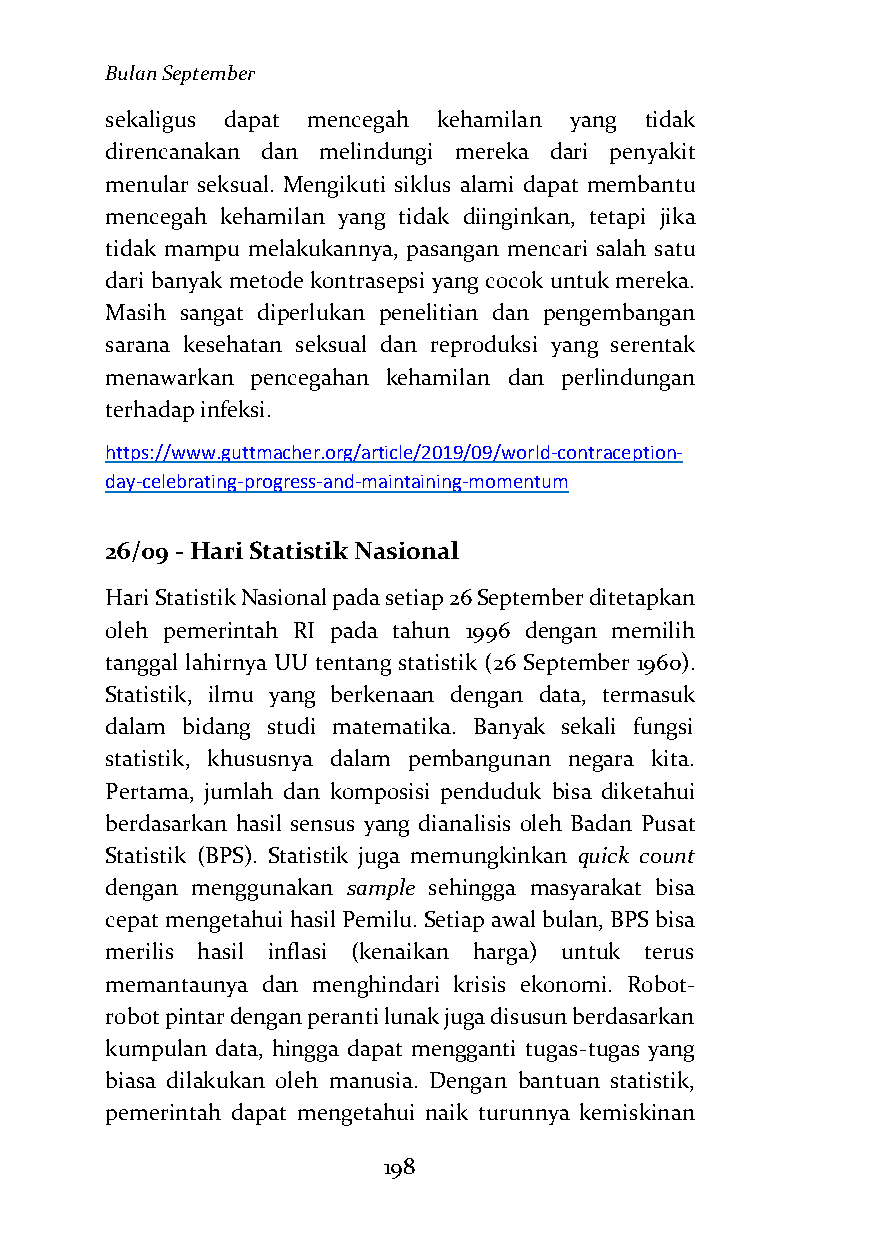
Bulan September
 sekaligus dapat mencegah kehamilan yang tidak
 direncanakan dan melindungi mereka dari penyakit
 menular seksual. Mengikuti siklus alami dapat membantu
 mencegah kehamilan yang tidak diinginkan, tetapi jika
 tidak mampu melakukannya, pasangan mencari salah satu
 dari banyak metode kontrasepsi yang cocok untuk mereka.
 Masih sangat diperlukan penelitian dan pengembangan
 sarana kesehatan seksual dan reproduksi yang serentak
 menawarkan pencegahan kehamilan dan perlindungan
 terhadap infeksi.
 https://www.guttmacher.org/article/2019/09/world-contraception-
 day-celebrating-progress-and-maintaining-momentum
 26/09 - Hari Statistik Nasional
 Hari Statistik Nasional pada setiap 26 September ditetapkan
 oleh pemerintah RI pada tahun 1996 dengan memilih
 tanggal lahirnya UU tentang statistik (26 September 1960).
 Statistik, ilmu yang berkenaan dengan data, termasuk
 dalam bidang studi matematika. Banyak sekali fungsi
 statistik, khususnya dalam pembangunan negara kita.
 Pertama, jumlah dan komposisi penduduk bisa diketahui
 berdasarkan hasil sensus yang dianalisis oleh Badan Pusat
 Statistik (BPS). Statistik juga memungkinkan quick count
 dengan menggunakan sample sehingga masyarakat bisa
 cepat mengetahui hasil Pemilu. Setiap awal bulan, BPS bisa
 merilis hasil inflasi (kenaikan harga) untuk terus
 memantaunya dan menghindari krisis ekonomi. Robot-
 robot pintar dengan peranti lunak juga disusun berdasarkan
 kumpulan data, hingga dapat mengganti tugas-tugas yang
 biasa dilakukan oleh manusia. Dengan bantuan statistik,
 pemerintah dapat mengetahui naik turunnya kemiskinan
 198